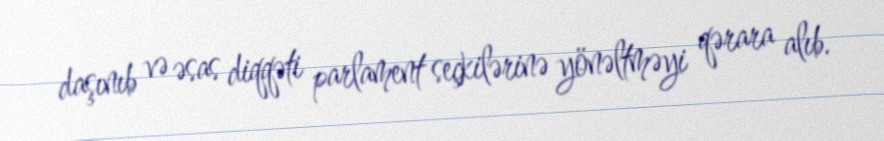
daşınıb və əsas diqqəti parlament seçkilərinə yönəltməyi qərara alıb.